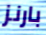
بارنز